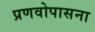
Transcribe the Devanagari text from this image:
प्रणवोपासना